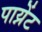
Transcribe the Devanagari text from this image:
पाय्नेंट